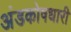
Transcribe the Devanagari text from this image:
अंडकोषधारी